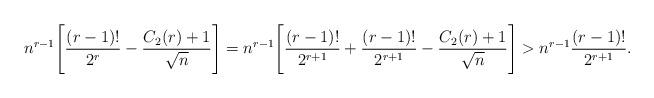
LaTeX: \begin{align*}n^{r-1}\Biggl[\dfrac{(r-1)!}{2^r}-\dfrac{C_2(r)+1}{\sqrt{n}}\Biggr]= n^{r-1}\Biggl[\dfrac{(r-1)!}{2^{r+1}}+\dfrac{(r-1)!}{2^{r+1}}-\dfrac{C_2(r)+1}{\sqrt{n}}\Biggr]>n^{r-1} \dfrac{(r-1)!}{2^{r+1}}.\end{align*}